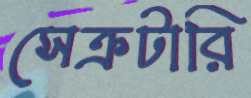
সেক্রটারি